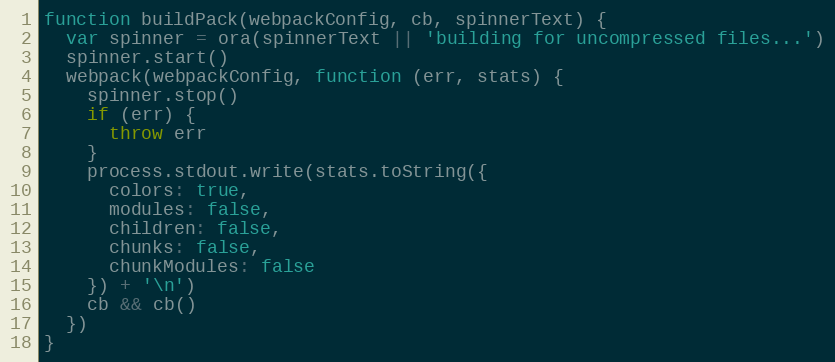
Language: JavaScript
function buildPack(webpackConfig, cb, spinnerText) {
  var spinner = ora(spinnerText || 'building for uncompressed files...')
  spinner.start()
  webpack(webpackConfig, function (err, stats) {
    spinner.stop()
    if (err) {
      throw err
    }
    process.stdout.write(stats.toString({
      colors: true,
      modules: false,
      children: false,
      chunks: false,
      chunkModules: false
    }) + '\n')
    cb && cb()
  })
}